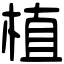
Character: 植